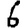
Digit: 6